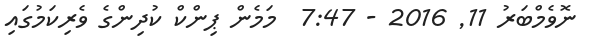
ނޮވެމްބަރު 11